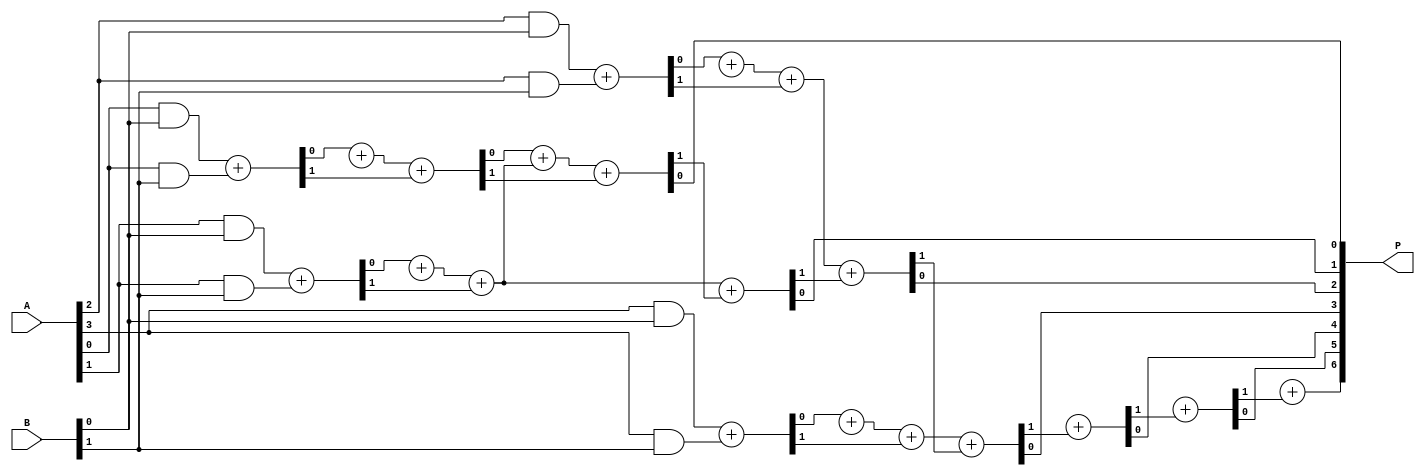
module dadda_multiplier #(parameter A_WIDTH = 4, B_WIDTH = 4) (
    input [A_WIDTH-1:0] A,
    input [B_WIDTH-1:0] B,
    output [A_WIDTH + B_WIDTH - 1:0] P
);

    // Partial Product Generation
    wire [A_WIDTH * B_WIDTH - 1:0] pp;
    genvar i, j;
    generate
        for (i = 0; i < A_WIDTH; i = i + 1) begin : pp_gen
            for (j = 0; j < B_WIDTH; j = j + 1) begin : pp_gen_inner
                assign pp[i * B_WIDTH + j] = A[i] & B[j];
            end
        end
    endgenerate

    // Reduction Tree
    wire [A_WIDTH * B_WIDTH - 1:0] sum;
    wire [A_WIDTH * B_WIDTH - 1:0] carry;

    // Stage 1: Pairwise reduction
    generate
        for (i = 0; i < A_WIDTH * B_WIDTH / 2; i = i + 1) begin : stage1
            if (i % 2 == 0) begin
                assign {carry[i], sum[i]} = pp[2*i] + pp[2*i + 1];
            end
        end
    endgenerate

    // Stage 2: Further reduction
    wire [A_WIDTH * B_WIDTH - 1:0] stage2_sum;
    wire [A_WIDTH * B_WIDTH - 1:0] stage2_carry;

    generate
        for (i = 0; i < (A_WIDTH * B_WIDTH) / 4; i = i + 1) begin : stage2
            assign {stage2_carry[i], stage2_sum[i]} = sum[2*i] + sum[2*i + 1] + carry[2*i];
        end
    endgenerate

    // Final addition
    wire [A_WIDTH + B_WIDTH - 1:0] final_sum;
    wire [A_WIDTH + B_WIDTH - 1:0] final_carry;

    assign {final_carry[0], final_sum[0]} = stage2_sum[0] + stage2_sum[1] + stage2_carry[0];

    generate
        for (i = 1; i < (A_WIDTH + B_WIDTH - 1); i = i + 1) begin : final_add
            assign {final_carry[i], final_sum[i]} = stage2_sum[i] + final_carry[i-1];
        end
    endgenerate

    // Output assignment
    assign P = final_sum;

endmodule